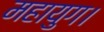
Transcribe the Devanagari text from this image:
महायुग।